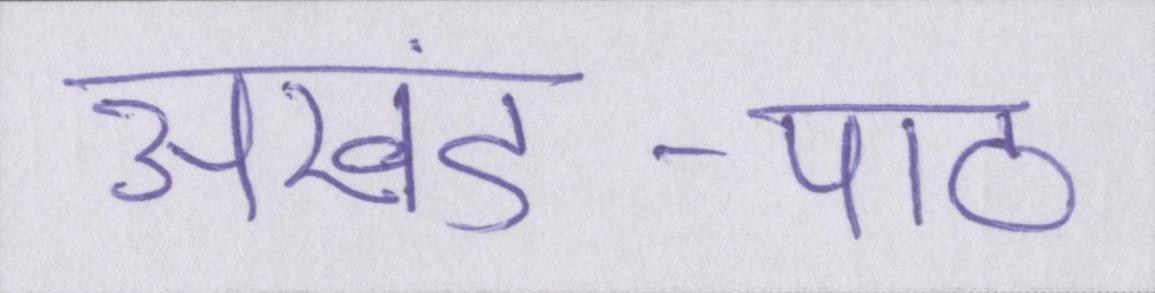
अखंड-पाठ